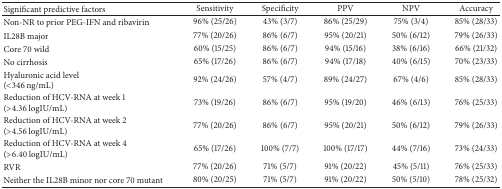
<table><thead><tr><td><b>Significant predictive factors</b></td><td><b>Sensitivity</b></td><td><b>Specificity</b></td><td><b>PPV</b></td><td><b>NPV</b></td><td><b>Accuracy</b></td></tr></thead><tbody><tr><td>Non-NR to prior PEG-IFN and ribavirin</td><td>96% (25/26)</td><td>43% (3/7)</td><td>86% (25/29)</td><td>75% (3/4)</td><td>85% (28/33)</td></tr><tr><td>IL28B major </td><td>77% (20/26)</td><td>86% (6/7)</td><td>95% (20/21)</td><td>50% (6/12)</td><td>79% (26/33)</td></tr><tr><td>Core 70 wild </td><td>60% (15/25)</td><td>86% (6/7)</td><td>94% (15/16)</td><td>38% (6/16)</td><td>66% (21/32)</td></tr><tr><td>No cirrhosis</td><td>65% (17/26)</td><td>86% (6/7)</td><td>94% (17/18)</td><td>40% (6/15)</td><td>70% (23/33)</td></tr><tr><td>Hyaluronic acid level(&lt;346 ng/mL)</td><td>92% (24/26)</td><td>57% (4/7)</td><td>89% (24/27)</td><td>67% (4/6)</td><td>85% (28/33)</td></tr><tr><td>Reduction of HCV-RNA at week 1(&gt;4.36 logIU/mL)</td><td>73% (19/26)</td><td>86% (6/7)</td><td>95% (19/20)</td><td>46% (6/13)</td><td>76% (25/33)</td></tr><tr><td>Reduction of HCV-RNA at week 2 (&gt;4.56 logIU/mL)</td><td>77% (20/26)</td><td>86% (6/7)</td><td>95% (20/21)</td><td>50% (6/12)</td><td>79% (26/33)</td></tr><tr><td>Reduction of HCV-RNA at week 4 (&gt;6.40 logIU/mL)</td><td>65% (17/26)</td><td>100% (7/7)</td><td>100% (17/17)</td><td>44% (7/16)</td><td>73% (24/33)</td></tr><tr><td>RVR</td><td>77% (20/26)</td><td>71% (5/7)</td><td>91% (20/22)</td><td>45% (5/11)</td><td>76% (25/33)</td></tr><tr><td>Neither the IL28B minor nor core 70 mutant</td><td>80% (20/25)</td><td>71% (5/7)</td><td>91% (20/22)</td><td>50% (5/10)</td><td>78% (25/32)</td></tr></tbody></table>